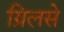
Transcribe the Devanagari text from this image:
ग्रिलसे